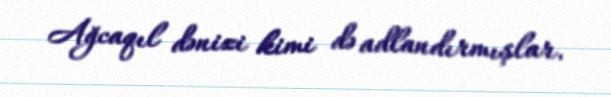
Ağcaqıl dənizi kimi də adlandırmışlar.